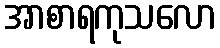
အာစာရကုသလော